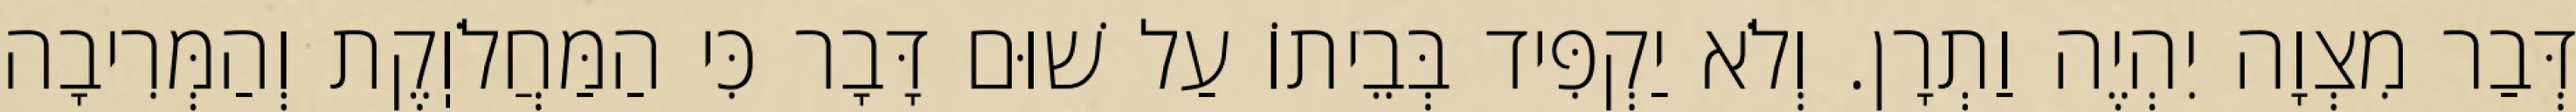
דְּבַר מִצְוָה יִהְיֶה וַתְרָן. וְלֹא יַקְפִּיד בְּבֵיתוֹ עַל שׁוּם דָּבָר כִּי הַמַּחֲלֹוֽקֶת וְהַמְּרִיבָה